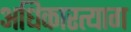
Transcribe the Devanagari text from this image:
अधिकारत्याग